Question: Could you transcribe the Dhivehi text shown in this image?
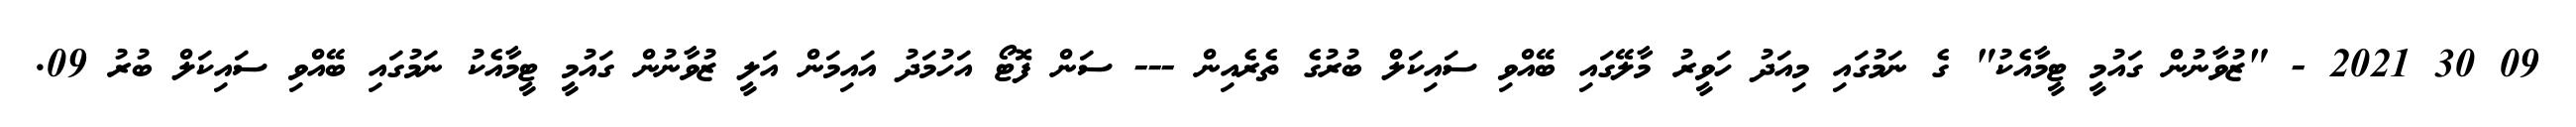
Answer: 09 30 2021 - "ޒުވާނުން ގައުމީ ޓީމާއެކު" ގެ ނަމުގައި މިއަދު ހަވީރު މާލޭގައި ބޭއްވި ސައިކަލް ބުރުގެ ތެރެއިން --- ސަން ފޮޓޯ އަހުމަދު އައިމަން އަލީ ޒުވާނުން ގައުމީ ޓީމާއެކު ނަމުގައި ބޭއްވި ސައިކަލް ބުރު 09.